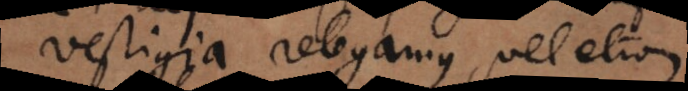
vestigia relegamus, vel etiam